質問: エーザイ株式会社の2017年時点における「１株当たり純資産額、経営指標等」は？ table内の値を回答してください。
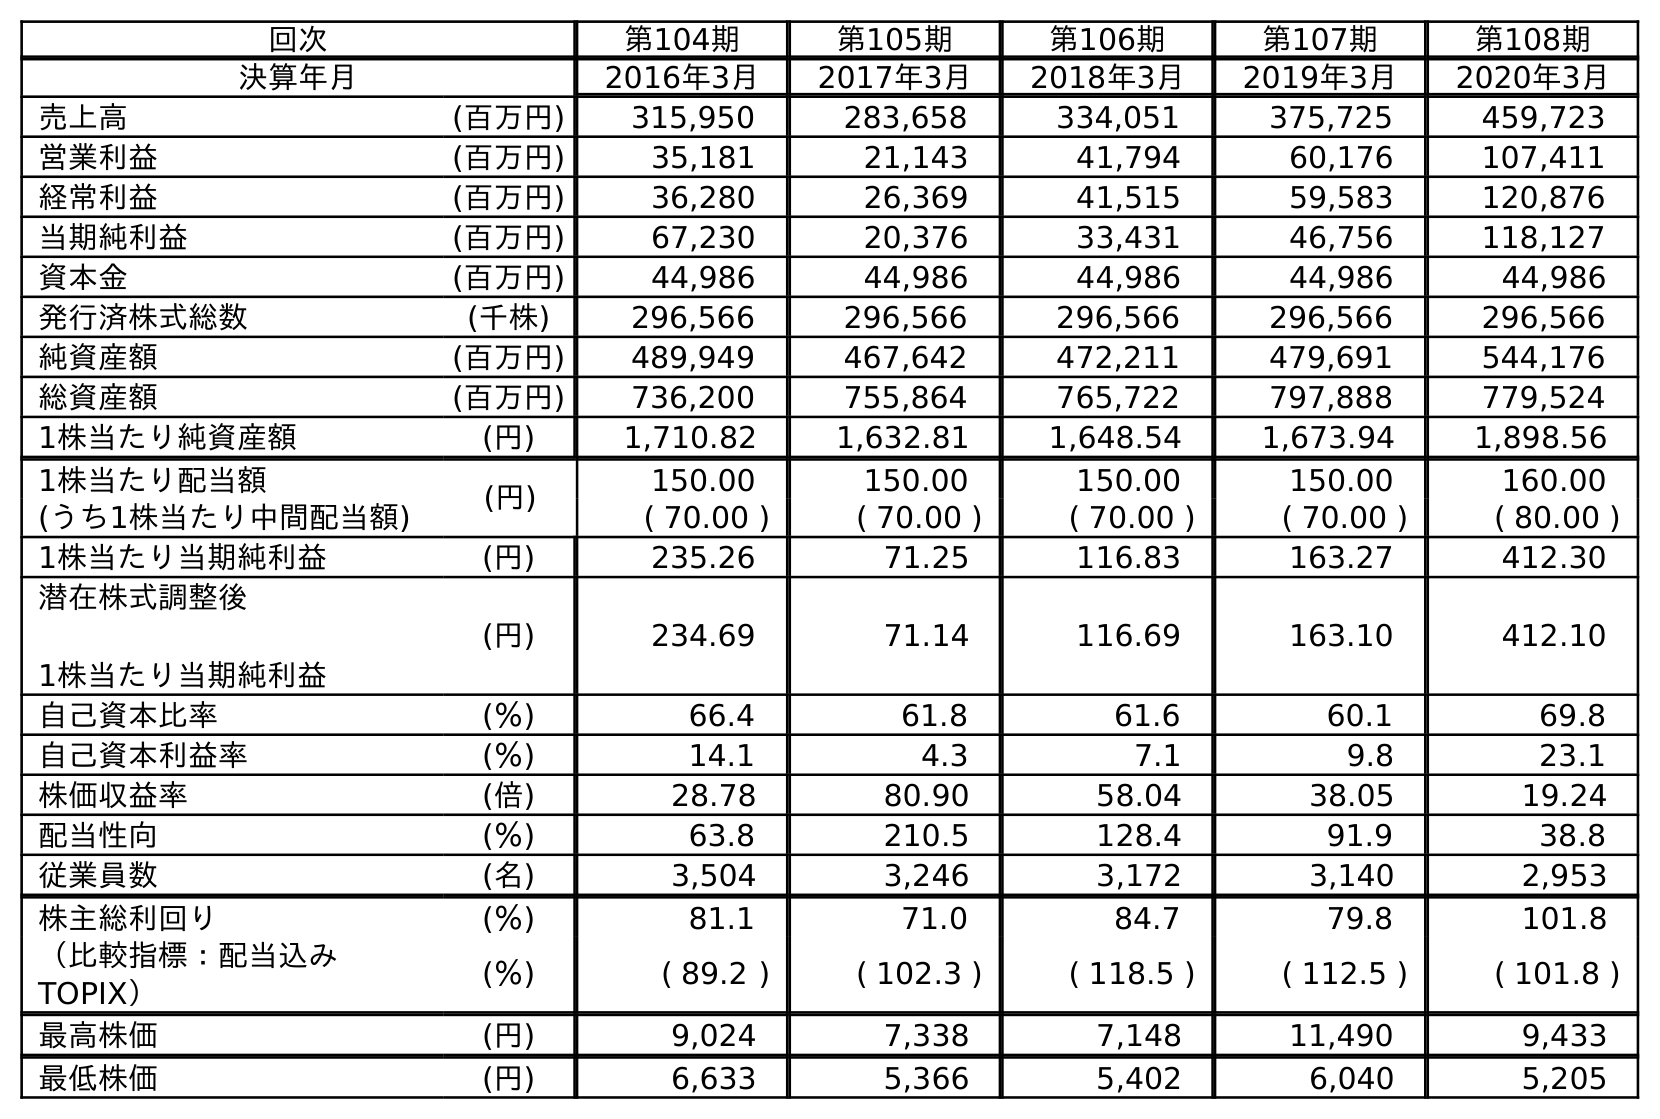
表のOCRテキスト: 回次 第104期 第105期 第106期 第107期 第108期 決算年月 2016年3月 2017年3月 2018年3月 2019年3月 2020年3月 売上高 (百万円) 315,950 283,658 334,051 375,725 459,723 営業利益 (百万円) 35,181 21,143 41,794 60,176 107,411 経常利益 (百万円) 36,280 26,369 41,515 59,583 120,876 当期純利益 (百万円) 67,230 20,376 33,431 46,756 118,127 資本金 (百万円) 44,986 44,986 44,986 44,986 44,986 発行済株式総数 (千株) 296,566 296,566 296,566 296,566 296,566 純資産額 (百万円) 489,949 467,642 472,211 479,691 544,176 総資産額 (百万円) 736,200 755,864 765,722 797,888 779,524 1株当たり純資産額 (円) 1,710.82 1,632.81 1,648.54 1,673.94 1,898.56 1株当たり配当額 (円) 150.00 150.00 150.00 150.00 160.00 (うち1株当たり中間配当額) ( 70.00 ) ( 70.00 ) ( 70.00 ) ( 70.00 ) ( 80.00 ) 1株当たり当期純利益 (円) 235.26 71.25 116.83 163.27 412.30 潜在株式調整後 1株当たり当期純利益 (円) 234.69 71.14 116.69 163.10 412.10 自己資本比率 (％) 66.4 61.8 61.6 60.1 69.8 自己資本利益率 (％) 14.1 4.3 7.1 9.8 23.1 株価収益率 (倍) 28.78 80.90 58.04 38.05 19.24 配当性向 (％) 63.8 210.5 128.4 91.9 38.8 従業員数 (名) 3,504 3,246 3,172 3,140 2,953 株主総利回り (％) 81.1 71.0 84.7 79.8 101.8 （比較指標：配当込み TOPIX） (％) ( 89.2 ) ( 102.3 ) ( 118.5 ) ( 112.5 ) ( 101.8 ) 最高株価 (円) 9,024 7,338 7,148 11,490 9,433 最低株価 (円) 6,633 5,366 5,402 6,040 5,205
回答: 1,632.81